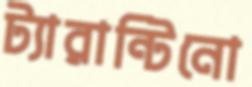
ট্যারান্টিনো